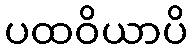
ပထဝိယာပိ